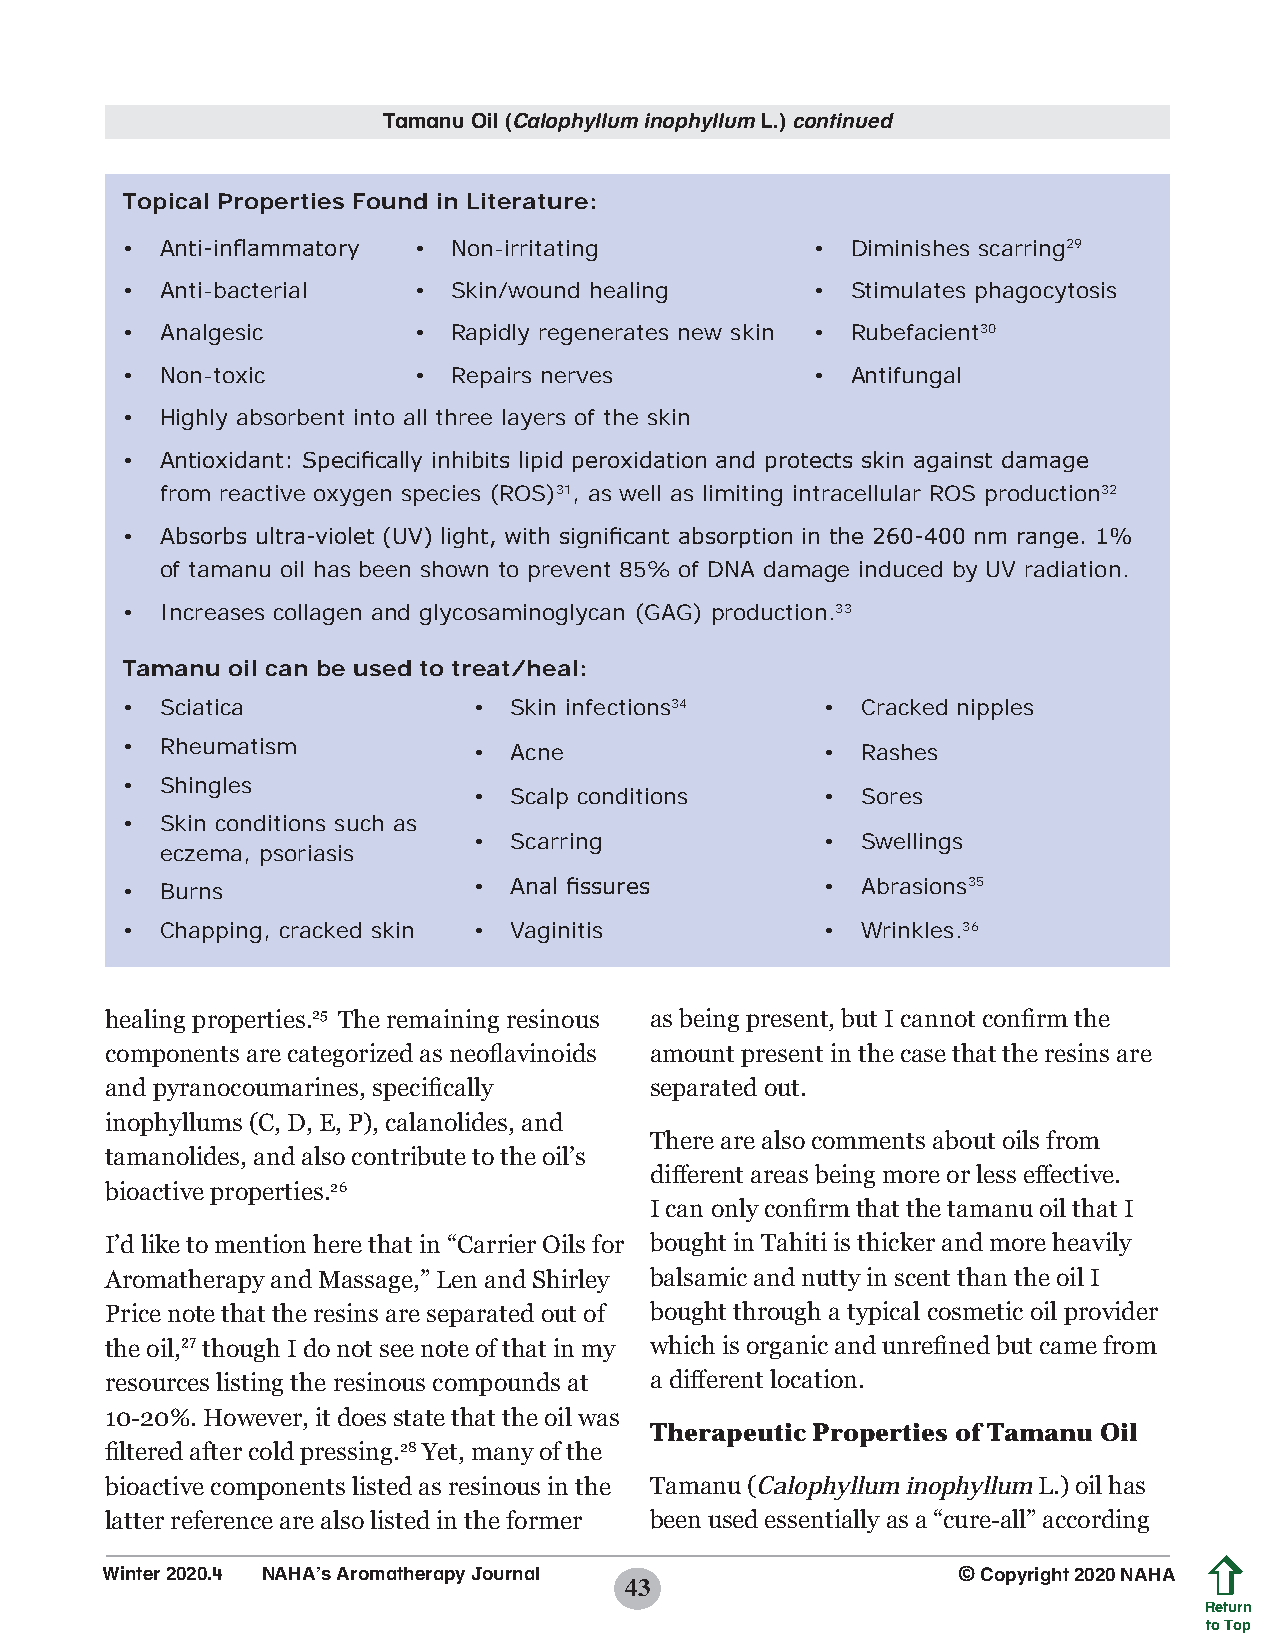
Tamanu Oil (Calophyllum inophyllum L.) continued
 Topical Properties Found in Literature:
 •  Anti-inflammatory • Non-irritating         • Diminishes scarring29
 •  Anti-bacterial  •  Skin/wound healing      • Stimulates phagocytosis
 •  Analgesic       •  Rapidly regenerates new skin • Rubefacient30
 •  Non-toxic       •  Repairs nerves          • Antifungal
 •  Highly absorbent into all three layers of the skin
 •  Antioxidant: Specifically inhibits lipid peroxidation and protects skin against damage
 from reactive oxygen species (ROS)31, as well as limiting intracellular ROS production32
 •  Absorbs ultra-violet (UV) light, with significant absorption in the 260-400 nm range. 1%
 of tamanu oil has been shown to prevent 85% of DNA damage induced by UV radiation.
 •  Increases collagen and glycosaminoglycan (GAG) production.33
 Tamanu oil can be used to treat/heal:
 •  Sciatica            •  Skin infections34    • Cracked nipples
 •  Rheumatism          •  Acne                 • Rashes
 •  Shingles
 •  Scalp conditions     • Sores
 •  Skin conditions such as
 •  Scarring             • Swellings
 eczema, psoriasis
 •  Burns               •  Anal fissures        • Abrasions35
 •  Chapping, cracked skin • Vaginitis          • Wrinkles.36
 healing properties.25 The remaining resinous as being present, but I cannot confirm the
 components are categorized as neoflavinoids amount present in the case that the resins are
 and pyranocoumarines, specifically  separated out.
 inophyllums (C, D, E, P), calanolides, and
 There are also comments about oils from
 tamanolides, and also contribute to the oil’s
 different areas being more or less effective.
 bioactive properties.26
 I can only confirm that the tamanu oil that I
 I’d like to mention here that in “Carrier Oils for bought in Tahiti is thicker and more heavily
 Aromatherapy and Massage,” Len and Shirley balsamic and nutty in scent than the oil I
 Price note that the resins are separated out of bought through a typical cosmetic oil provider
 the oil,27 though I do not see note of that in my which is organic and unrefined but came from
 resources listing the resinous compounds at a different location.
 10-20%. However, it does state that the oil was
 Therapeutic Properties of Tamanu Oil
 filtered after cold pressing.28 Yet, many of the
 bioactive components listed as resinous in the Tamanu (Calophyllum inophyllum L.) oil has
 latter reference are also listed in the former been used essentially as a “cure-all” according
 Winter 2020.4 NAHA’s Aromatherapy Journal               © Copyright 2020 NAHA
 43
 Return
 to Top
 